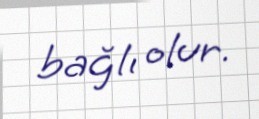
bağlı olur.